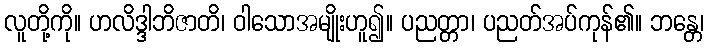
လူတို့ကို။ ဟလိဒ္ဒါဘိဇာတိ၊ ဝါသောအမျိုးဟူ၍။ ပညတ္တာ၊ ပညတ်အပ်ကုန်၏။ ဘန္တေ၊